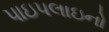
પાઇપલાઇનો